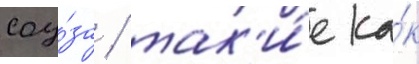
соу́за / так'и́е ка́к